Vaccine operations Central Provinces 1900-1911 - 1900-1911
Year: 1900
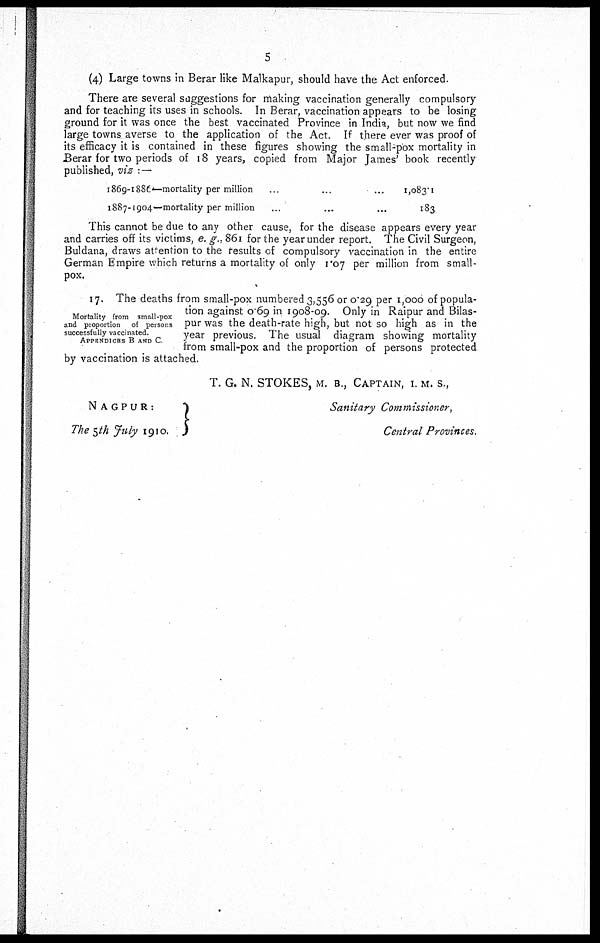
5
(4) Large towns in Berar like Malkapur, should have the Act enforced.
There are several suggestions for making vaccination generally compulsory
and for teaching its uses in schools. In Berar, vaccination appears to be losing
ground for it was once the best vaccinated Province in India, but now we find
large towns averse to the application of the Act. If there ever was proof of
its efficacy it is contained in these figures showing the small-pox mortality in
Berar for two periods of 18 years, copied from Major James' book recently
published, viz :—
1869-1886—mortality per million ... ... ...
1887-1904—mortality per million ... ... ...
1,083.1
183
This cannot be due to any other cause, for the disease appears every year
and carries off its victims, e. g., 861 for the year under report. The Civil Surgeon,
Buldana, draws attention to the results of compulsory vaccination in the entire
German Empire which returns a mortality of only 1.07 per million from small-
pox.
Mortality from small-pox
and proportion of persons
successfully vaccinated.
APPENDICES B AND C.
17. The deaths from small-pox numbered 3,556 or 0.29 per 1,000 of popula-
tion against 0.69 in 1908-09. Only in Raipur and Bilas-
pur was the death-rate high, but not so high as in the
year previous. The usual diagram showing mortality
from small-pox and the proportion of persons protected
by vaccination is attached.
NAGPUR:
The 5th July 1910.
T. G. N. STOKES, M. B., CAPTAIN, I. M. S.,
Sanitary Commissioner,
Central Provinces.